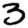
Digit: 3